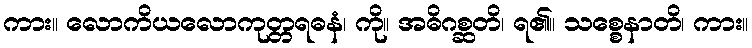
ကား။ လောကိယလောကုတ္တရဓနံ၊ ကို။ အဓိဂစ္ဆတိ၊ ရ၏။ သစ္စေနာတိ၊ ကား။